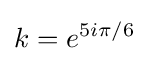
k=e^{5i\pi /6}